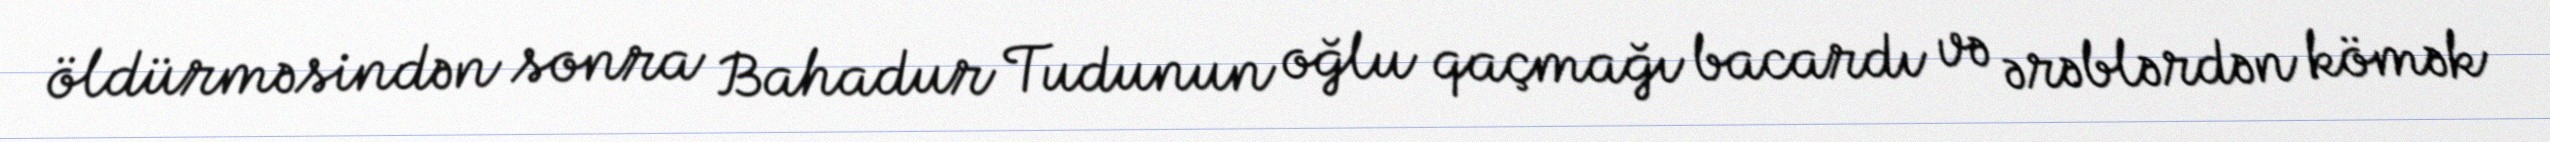
öldürməsindən sonra Bahadur Tudunun oğlu qaçmağı bacardı və ərəblərdən kömək